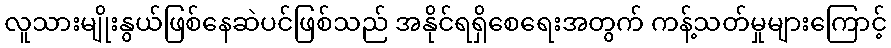
လူသားမျိုးနွယ်ဖြစ်နေဆဲပင်ဖြစ်သည် အနိုင်ရရှိစေရေးအတွက် ကန့်သတ်မှုများကြောင့်